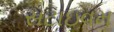
સટાઇવમ